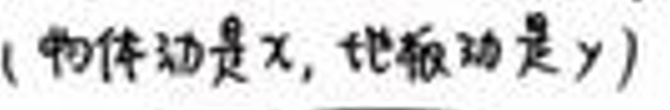
(物体边是\(x\)，地板边是\(y\))